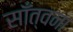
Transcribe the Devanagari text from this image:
साँत्वना